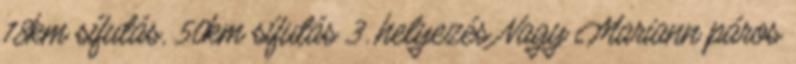
18km sífutás, 50km sífutás 3. helyezés Nagy Mariann páros